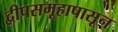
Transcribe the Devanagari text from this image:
द्वीपसमूहापासून